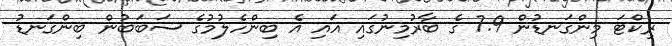
ރިކްޓަ މިންގަނޑުން 7.9 ގެ ބާރުމިނުގައި އައި އެ ބިންހެލުމުގެ ސަބަބުން ބިންގަނޑު